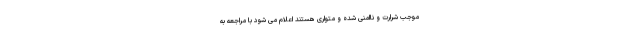
موجب شرارت و ناامنی شده و متواری هستند اعلام می شود با مراجعه به